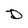
Character: D